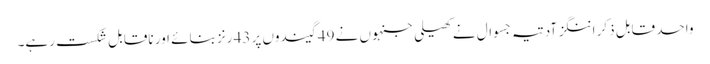
واحد قابل ذکر اننگز آدتیہ جسوال نے کھیلی جنہوں نے 49 گیندوں پر 43 رنز بنائے اور ناقابل شکست رہے۔